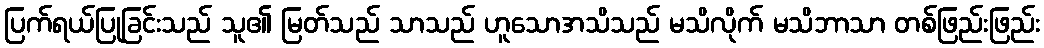
ပြက်ရယ်ပြုခြင်းသည် သူ၏ မြတ်သည် သာသည် ဟူသောအသိသည် မသိလိုက် မသိဘာသာ တစ်ဖြည်းဖြည်း